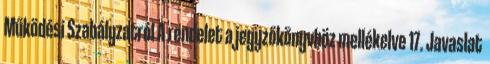
Működési Szabályzatról A rendelet a jegyzőkönyvhöz mellékelve 17. Javaslat